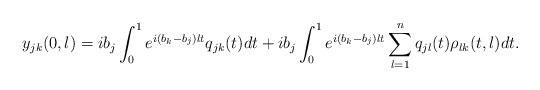
LaTeX: \begin{align*} y_{jk}(0,\l) = i b_j \int_{0}^1 e^{i (b_k-b_j) \l t} q_{jk}(t) dt + i b_j \int_0^1 e^{i (b_k-b_j) \l t} \sum_{l=1}^n q_{jl}(t)\rho_{lk}(t,\l)dt.\end{align*}